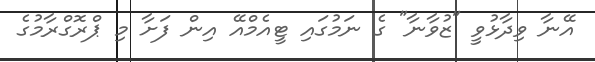
އޭނާ ވިދާޅުވީ "ޒުވާނާ" ގެ ނަމުގައި ޓީއެމްއޭ އިން ފަށާ މި ޕްރޮގްރާމުގެ